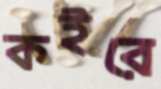
কইরে